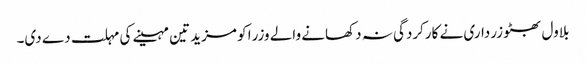
بلاول بھٹو زرداری نے کارکردگی نہ دکھانے والے وزرا کو مزید تین مہینے کی مہلت دے دی۔